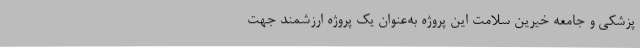
پزشکی و جامعه خیرین سلامت این پروژه به‌عنوان یک پروژه ارزشمند جهت